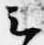
云